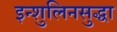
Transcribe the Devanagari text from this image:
इन्शुलिनसुद्धा